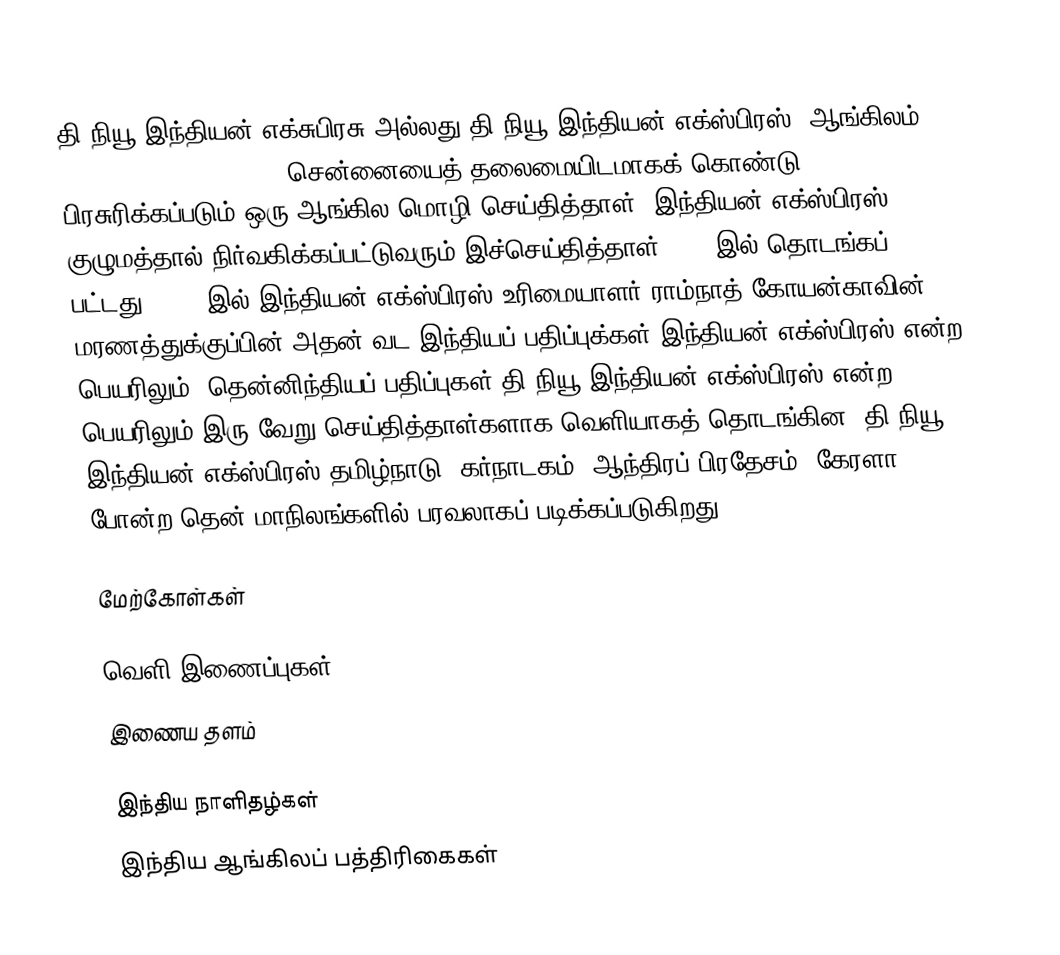
தி நியூ இந்தியன் எக்சுபிரசு அல்லது தி நியூ இந்தியன் எக்ஸ்பிரஸ் (ஆங்கிலம்: The New Indian Express) சென்னையைத் தலைமையிடமாகக் கொண்டு பிரசுரிக்கப்படும் ஒரு ஆங்கில மொழி செய்தித்தாள். இந்தியன் எக்ஸ்பிரஸ் குழுமத்தால் நிர்வகிக்கப்பட்டுவரும் இச்செய்தித்தாள் 1931 இல் தொடங்கப் பட்டது. 1991 இல் இந்தியன் எக்ஸ்பிரஸ் உரிமையாளர் ராம்நாத் கோயன்காவின் மரணத்துக்குப்பின் அதன் வட இந்தியப் பதிப்புக்கள் இந்தியன் எக்ஸ்பிரஸ் என்ற பெயரிலும், தென்னிந்தியப் பதிப்புகள் தி நியூ இந்தியன் எக்ஸ்பிரஸ் என்ற பெயரிலும் இரு வேறு செய்தித்தாள்களாக வெளியாகத் தொடங்கின. தி நியூ இந்தியன் எக்ஸ்பிரஸ் தமிழ்நாடு, கர்நாடகம், ஆந்திரப் பிரதேசம், கேரளா போன்ற தென் மாநிலங்களில் பரவலாகப் படிக்கப்படுகிறது.

மேற்கோள்கள்

வெளி இணைப்புகள்
  இணைய தளம்

இந்திய நாளிதழ்கள்
இந்திய ஆங்கிலப் பத்திரிகைகள்